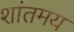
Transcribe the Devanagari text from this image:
शांतमय